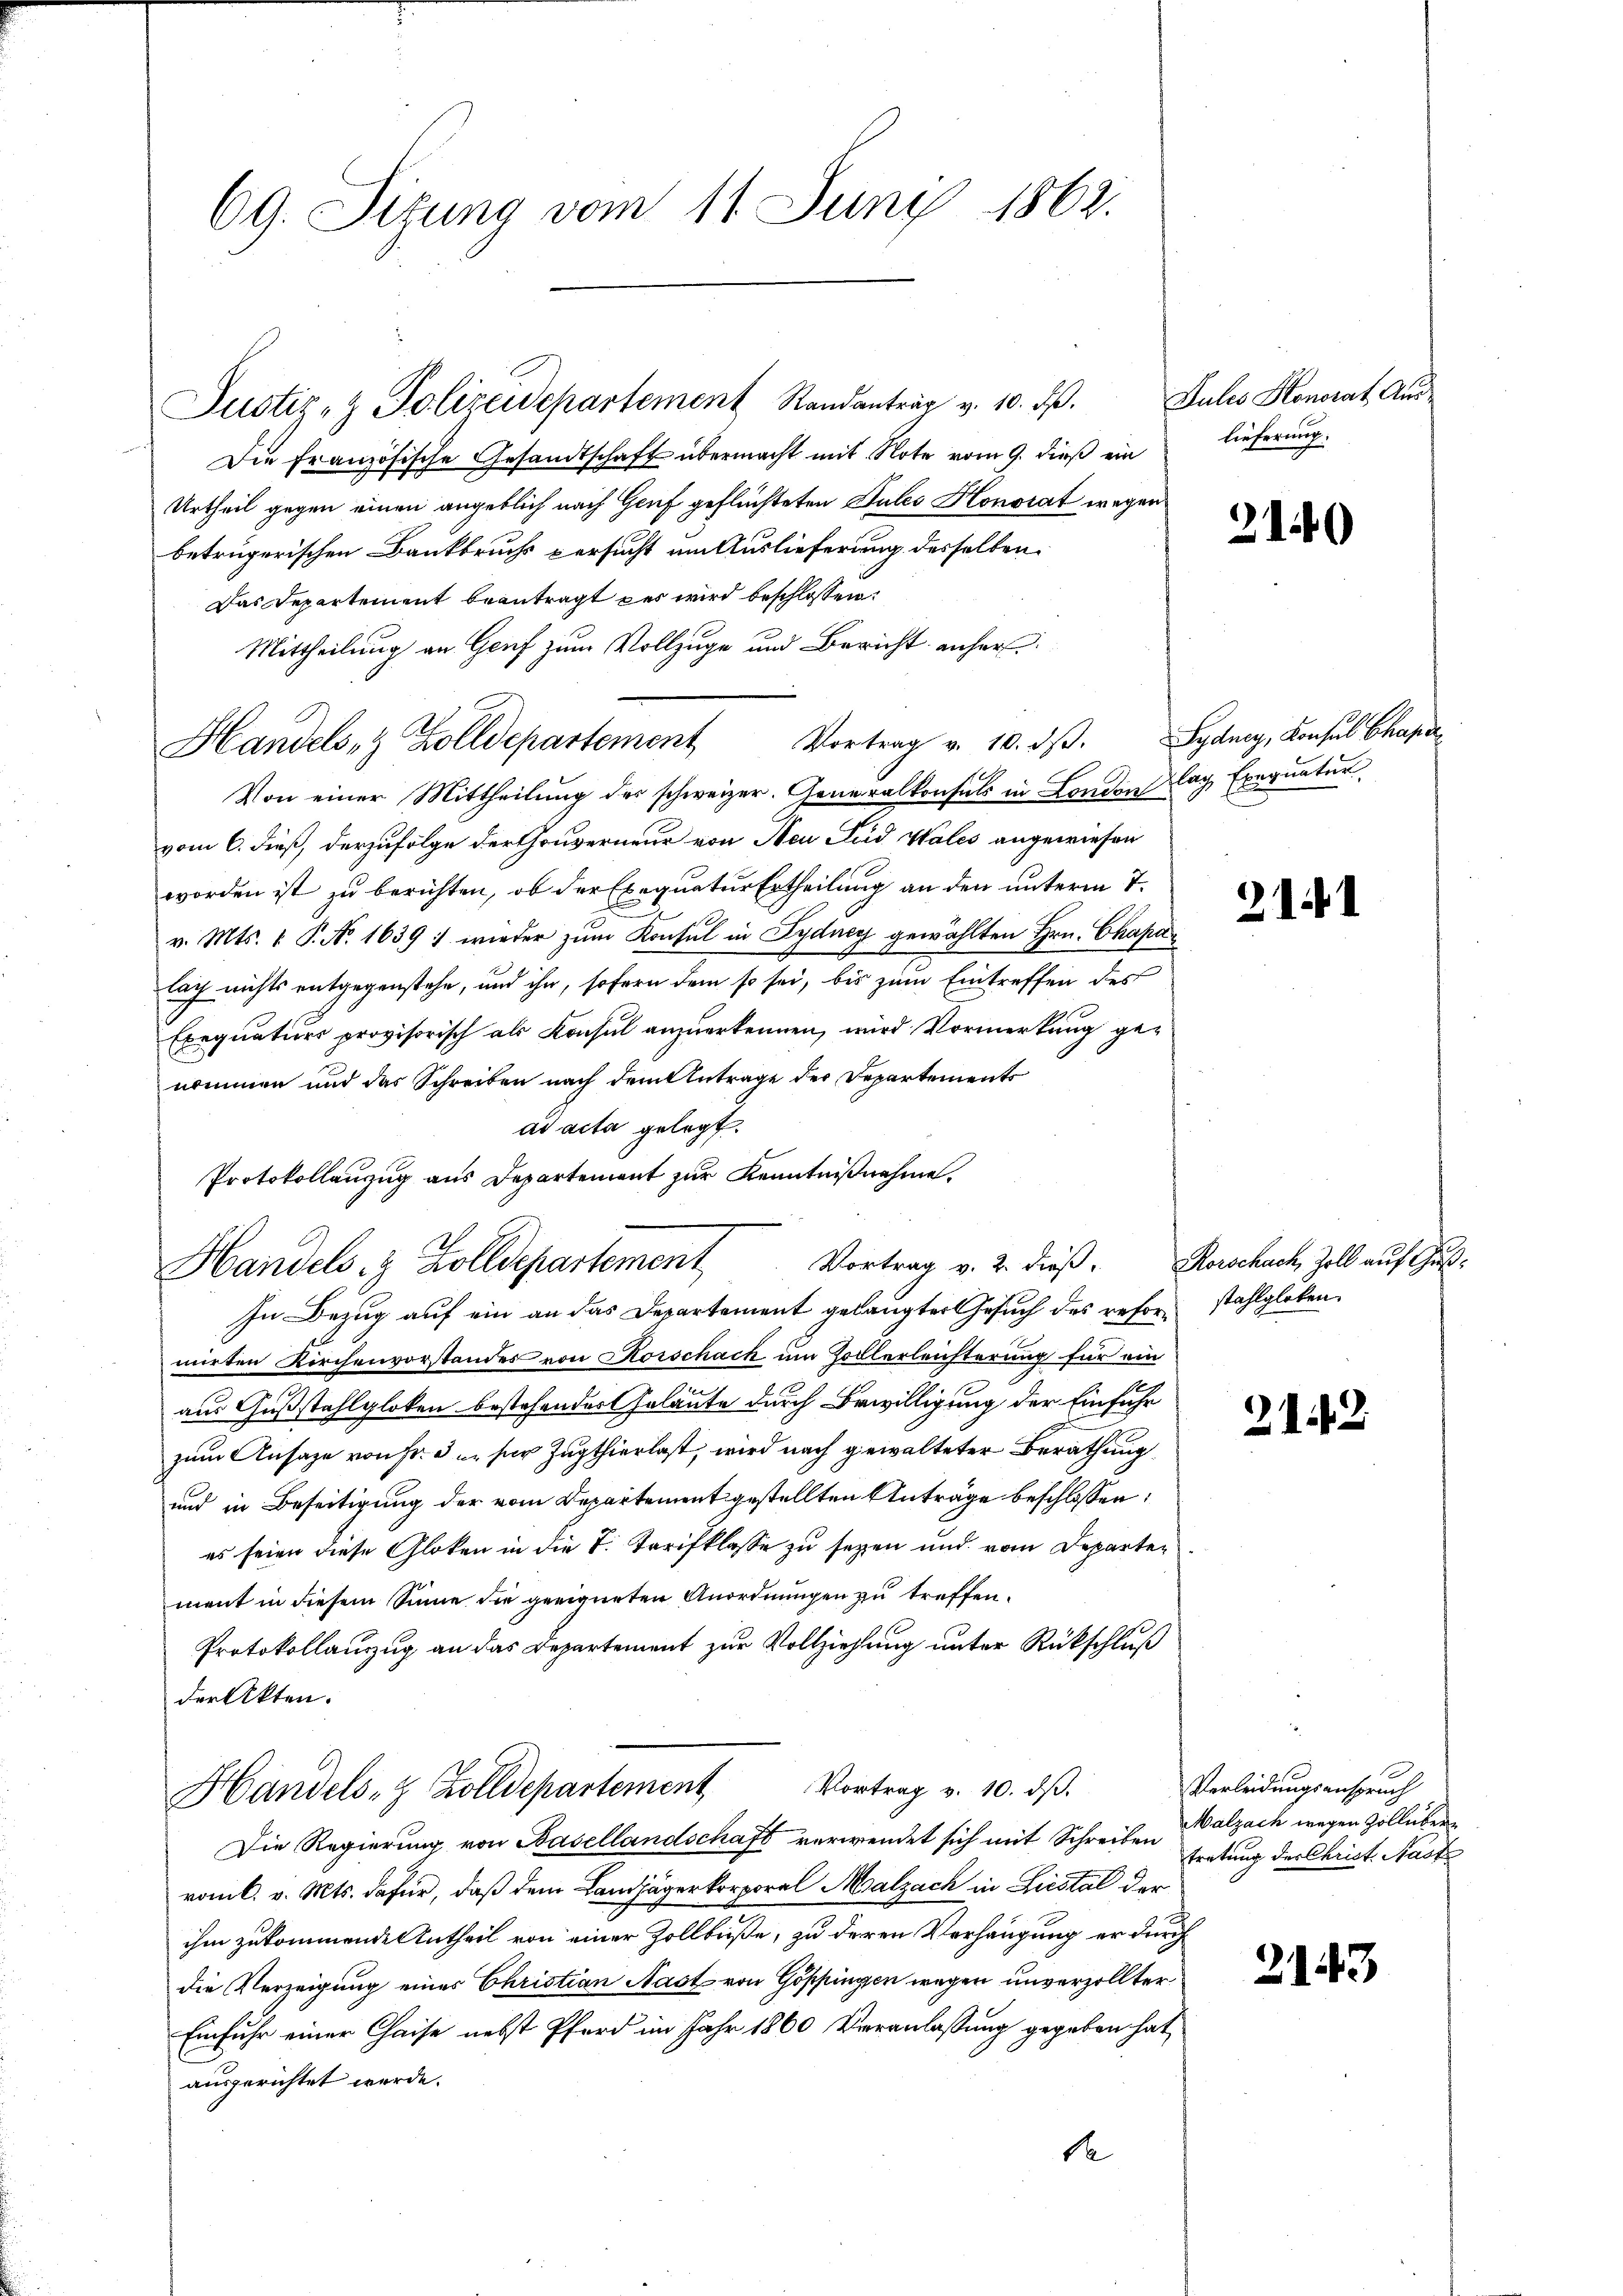
69. Sitzung vom 11. Juny 1862.

Die Französische Gesandtschaft übermacht mit Note vom 9. dieß ein
Urtheil gegen einen angeblich nach Genf geflüchteten Pules Honorat wegen
betrügerischen Bankbruchs versucht um Auslieferung desselben
Das Departement beantragt der wird beschlossen:
Mittheilung an Genf zum Vollzuge und Bericht anher¬
A
Von einer Mittheilŭng des schweizer. Generalkonsul in London lag Exequater
vom 6. dieß, derzufolge der Gouverneur von Neu Sud Wales angewiesen
worden ist zu berichten, ob der Exequatur Ertheilung an den unterm 7.
v. Mts. 1 P. Nr. 1639 : wieder zum Konsul in Sydney gewählten Hrn. Chara
lach nichts entgegenstehe, und ihn, sofern dem so sei, bis zum Eintreffen des
Exequaturs provisorisch als Konsul anzuerkennen, wird Vormerkung ge-
nommen und das Schreiben nach dem Antrage der Departements
ad acta gelegt.
Protokollanzug aus Departement zur Kenntnißnahme.
In Bezug auf ein an das Departement gelangter Gesuch des refor- stahlgleben.
mirten Kirchenvorstandes von Korschack um Zollerleichterung für ein
aus Gußstahlgloten bestehender Geläute durch Bewilligung der Einfuhr
zum Ansage von Fr. 3 u. für Zugthierlast, wird nach gewalteter Berathung
und in Beseitigung der vom Departement gestellten Anträge beschlossen:
es seien diese Gloken in die T. Tarifklasse zu seyen und vom Departen
ment in diesem Sinne die geeigneten Anordnungen zu treffen.
Protokollanzug an das Departement zur Vollziehung unter Rückschluß
der Akten.
Handels- & Zolldepartement Vortrag v. 10. dβ.
Die Regierung von Basellandschaft verwendet sich mit Schreiben Valzach wegen Zoll übervom C. v. Mts. dafür, daß dem Landjägerkorporal Malzach in Liestal der
ihm zukommende Antheil von einer Zollbuße, zu deren Verhängung er durch
die Verzeigung eines Christian Hast von Göppingen wegen unverzollter
Einfuhr einer Chaise nebst Pferd im Jahr 1860 Veranlassung gegeben hat,
ausgerichtet werde.
de

Justiz- & Polizeidepartement Randantrag v. 10. dβ. Julis Honorat Aus-

Handels- & Zolldepartement Vortrag v. 10. dβ. Sydney, Konsul Chapa

Vortrag v. 2. dieß, Rorschach, Zoll auf Guß¬
Handels- & Zolldepartement

lieferung.

2)

3

¬

212

Verleidungsanspruch
tretung der Christ. Nach

2143